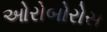
ઓરોબોરોસ